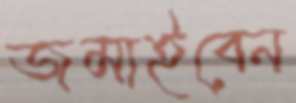
জমাইবেন